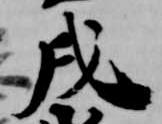
戌